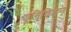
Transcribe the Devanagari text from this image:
यूनिविशन